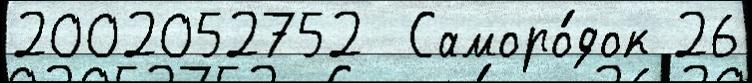
2002052752  Саморо́док 26